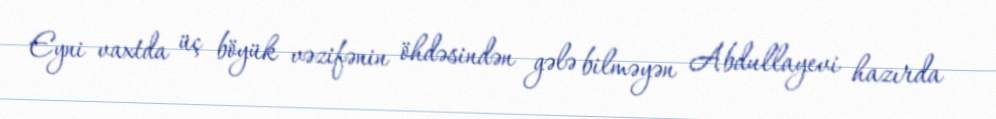
Eyni vaxtda üç böyük vəzifənin öhdəsindən gələ bilməyən Abdullayevi hazırda